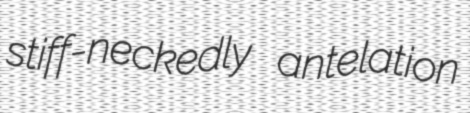
stiff-neckedly antelation